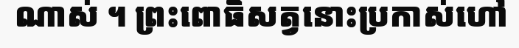
ណាស់ ។ ព្រះពោធិសត្វនោះប្រកាស់ហៅ